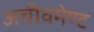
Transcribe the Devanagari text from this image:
अचीवमेण्ट